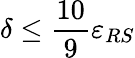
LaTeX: \delta\leq\frac{10}{9}\varepsilon_{RS}